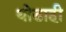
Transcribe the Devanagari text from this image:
थोडाही